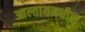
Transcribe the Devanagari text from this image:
आल्तायमधील